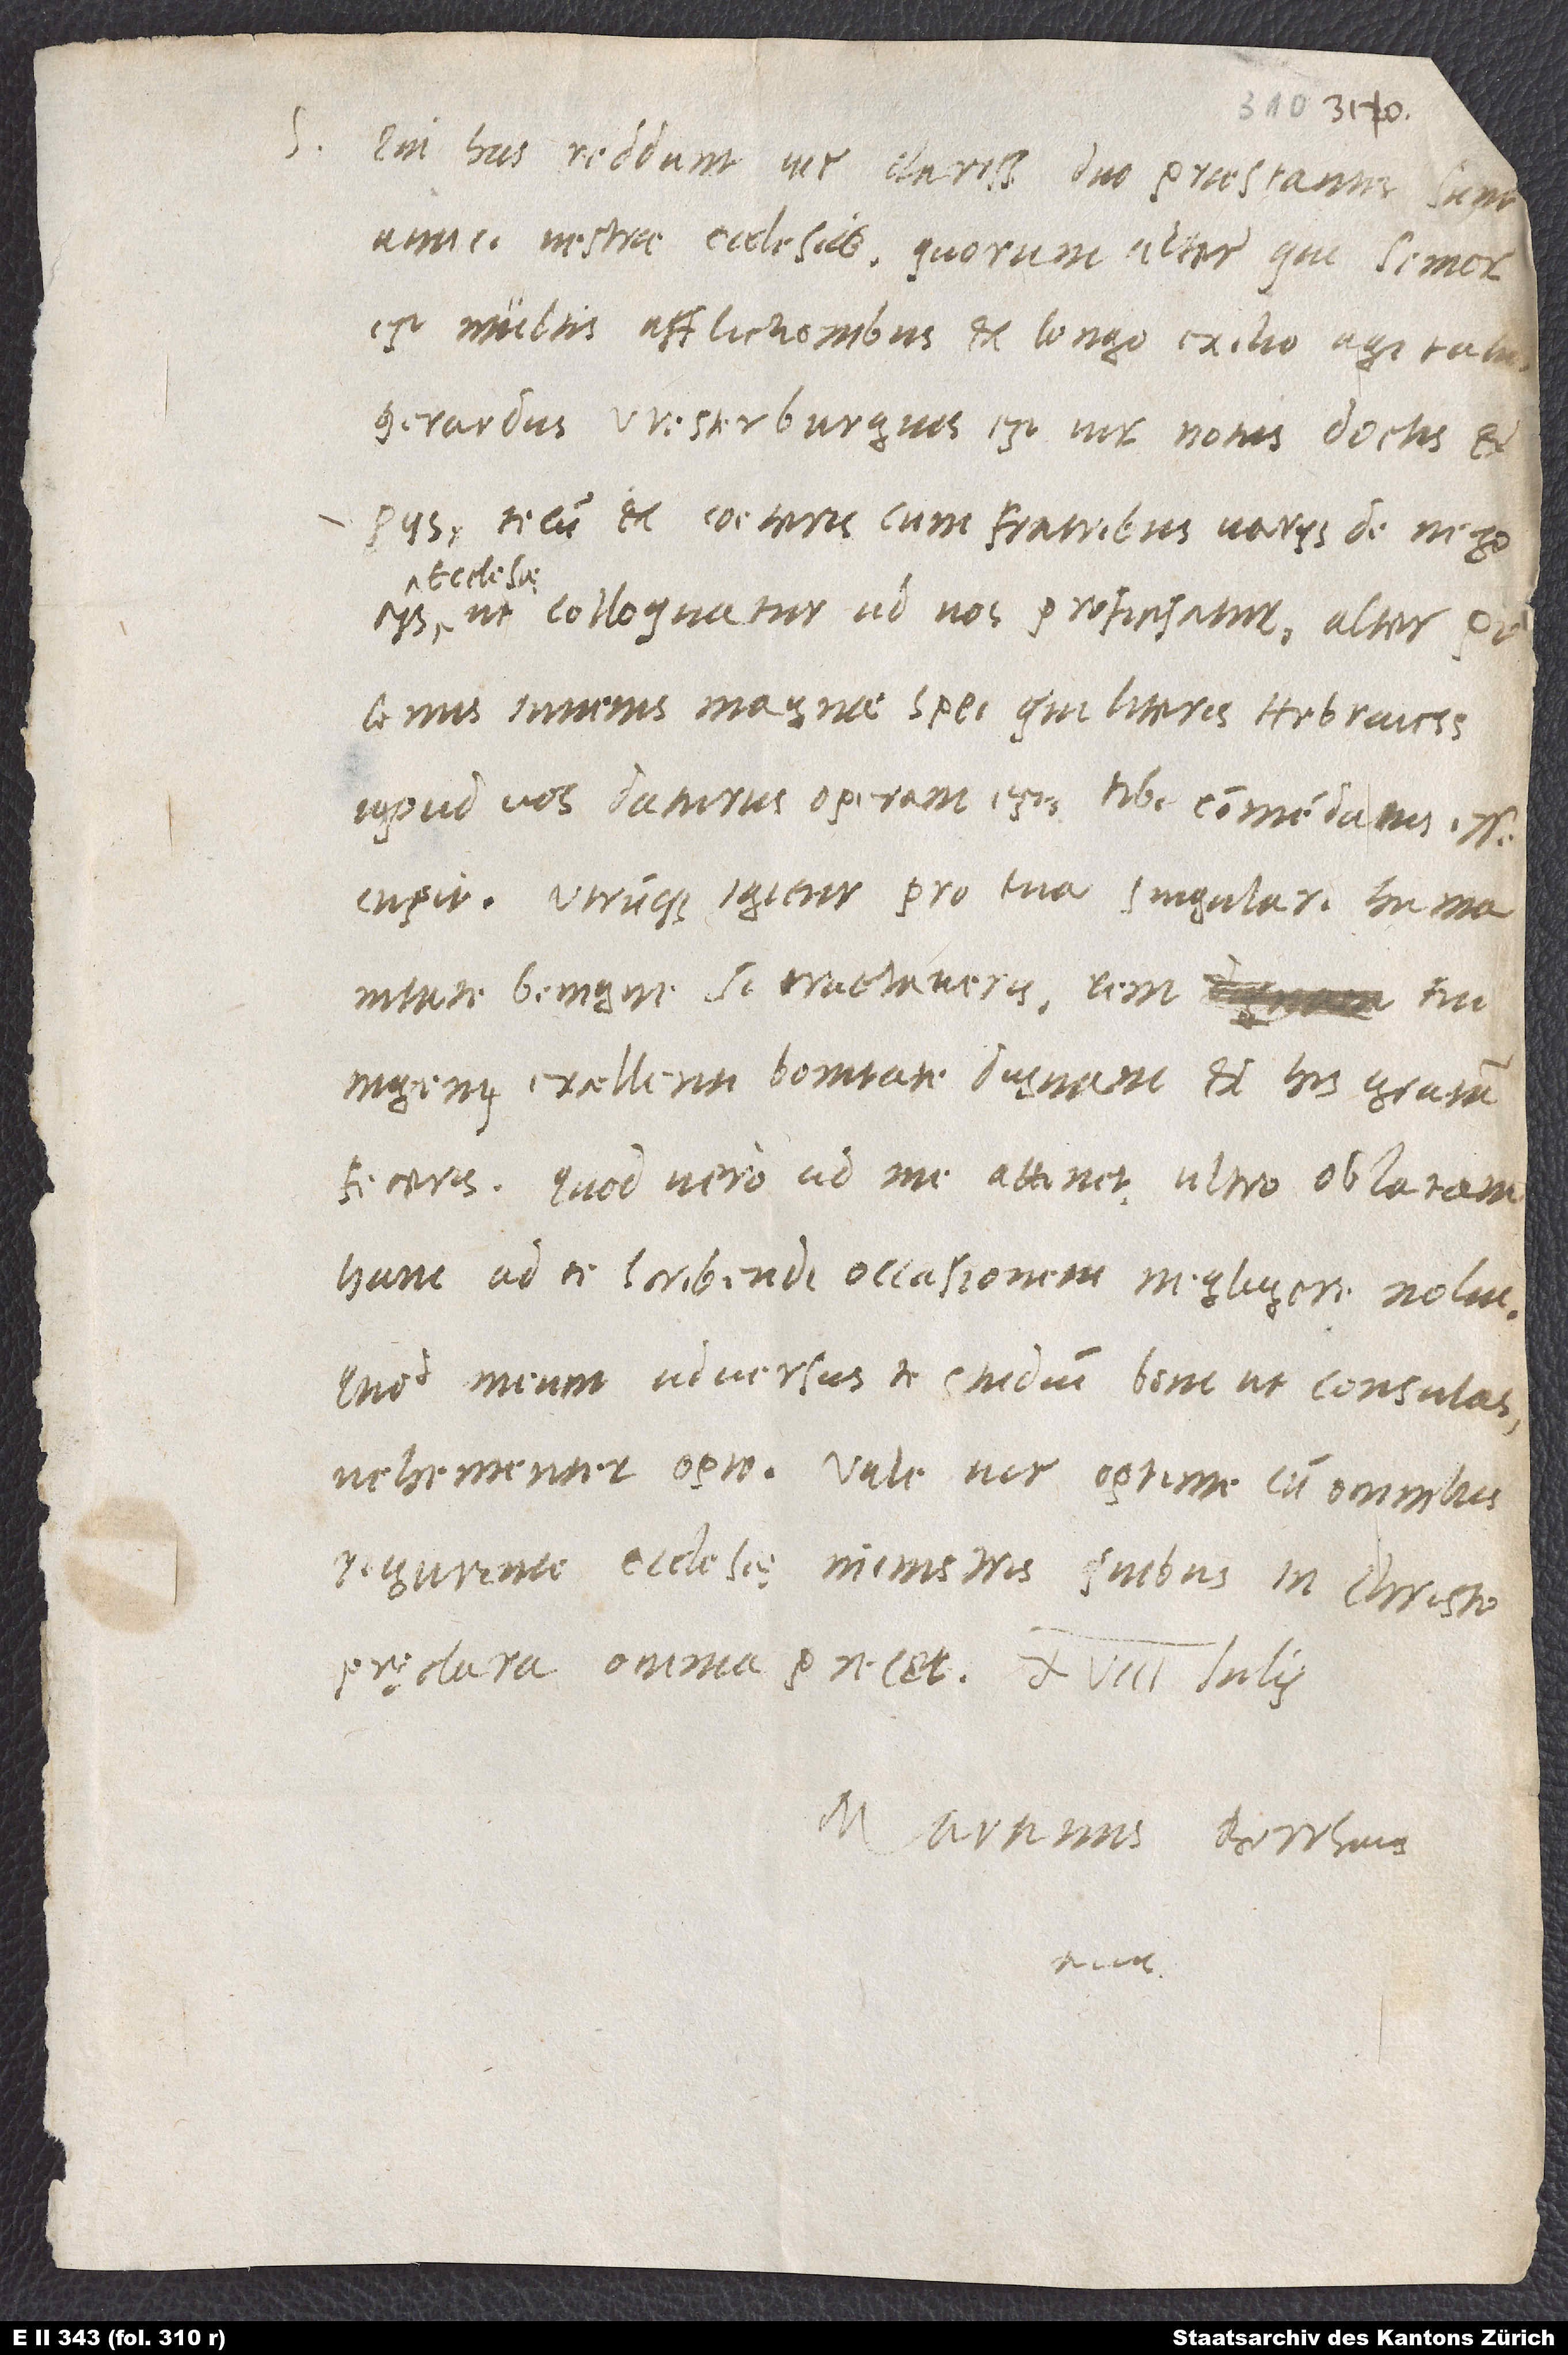
S. Qui has reddunt, vir clarissime, duo praestantes sunt
amici vestrae ecclesiae, quorum alter, qui senior
est, multis afflictionibus et longo exilio agitatus,
Gerardus Westerburgius est, vir notus doctis et
piis. Tecum et coeteris cum fratribus variis de negociis
ecclesię
ut colloquatur, ad vos proficiscitur. Alter Polonus,
iuvenis magnae spei, qui literis Hebraicis
apud vos daturus operam est, tibi commendatus esse
cupit. Utrumque igitur pro tua singulari humanitate
benigne si tractaveris, rem tui
ingenii excellenti bonitate dignam et his gratam
feceris. Quod vero ad me attinet, ultro oblatam
hanc ad te scribendi occasionem negligere nolui,
quod, meum adversus te studium boni ut consulas,
vehementer opto. Vale, vir optime, cum omnibus
Tigurinae ecclesię ministris, quibus in Christo
pręclara omnia precor.
Martinus Borrhaus